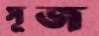
সুজ